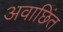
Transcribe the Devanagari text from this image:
अवाछिंत